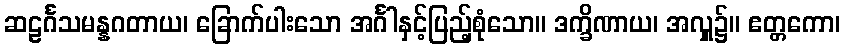
ဆဠင်္ဂသမန္နဂတာယ၊ ခြောက်ပါးသော အင်္ဂါနှင့်ပြည့်စုံသော။ ဒက္ခိဏာယ၊ အလှူ၌။ ဧတ္တကော၊